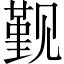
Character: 觐